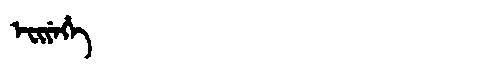
Manchu: ᡝᠸᡳᠶᡝᡥᡝ
Romanization: EFIYEHE